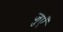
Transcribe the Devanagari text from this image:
जुएँ